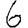
Digit: 6